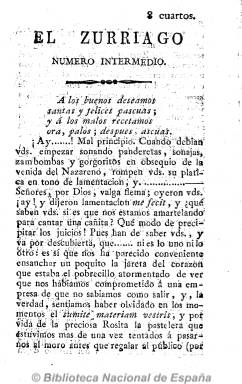
Título: El Zurriago, número intermedio
Otros títulos: El Zurriago intermedio
Colección: Periódicos anteriores a 1850 || Revistas satíricas y humorísticas
Ámbito geográfico: Madrid
Lugar de publicación: Madrid
Fechas: 01/01/1821-31/12/1822

Periódico, también conocido como El zurriago intermedio, que se publica entre la aparición de los números 19 y 23 del El zurriago al final de 1821, con igual formato, aspecto material y número de páginas, sin tampoco periodicidad fija, y mismo carácter ideológico, liberal intransigente, con el objeto de desacreditar la falsa adscripción constitucionalista de Fernando VII. Editado y redactado por el teniente coronel Atanasio Lescura, que ya había colaborado en El zurriago, es estampado en la imprenta madrileña de J. Fernández. Editó hasta tres números, de 16 páginas cada uno, el último acompañado de un suplemento con igual número de páginas, y a partir de entonces cambia su título por La tercerola, cuyo significado es el de un arma de fuego utilizada por la caballería, y que el propio El zurriago le había sugerido que adoptara para que no usurpara su cabecera. A pesar de ello, ambos periódicos colaboraron estrechamente y se intercambiaron redactores, siendo de igual importancia, como señala María Cruz Seoane.